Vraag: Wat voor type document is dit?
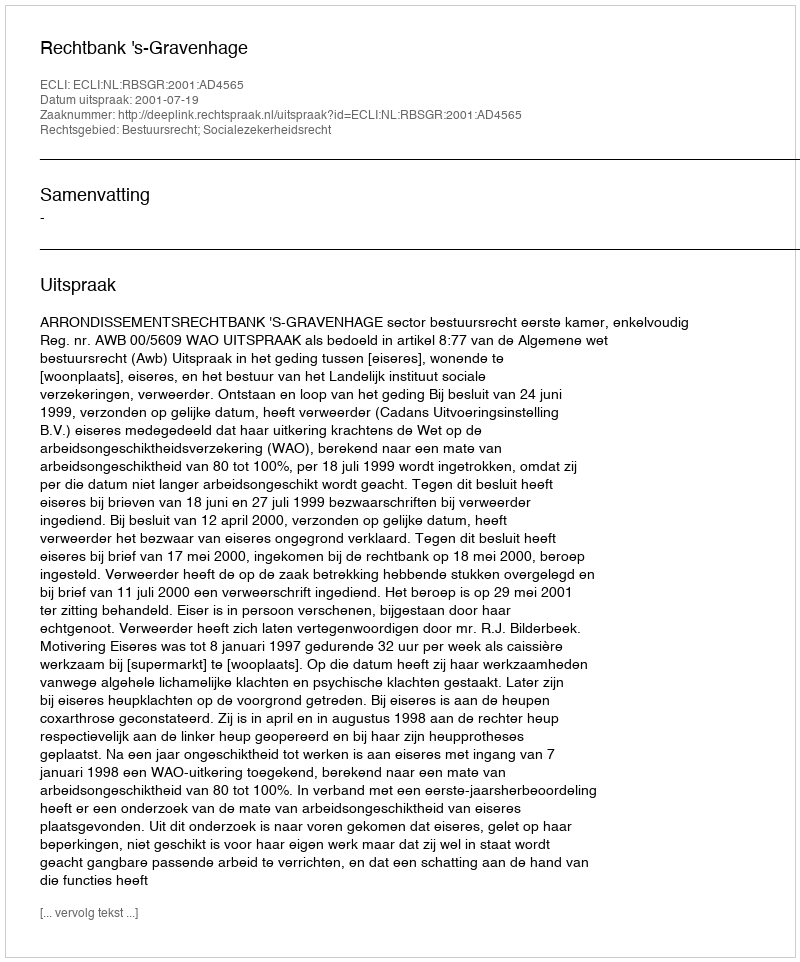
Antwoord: Uitspraak